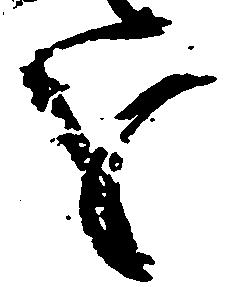
を